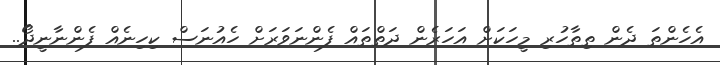
އެހެންތަ ދެން ތިތާހުރި މީހަކަށް އަހަރެން ދަތްތައް ފެންނަވަރަށް ހެއުނަސް ކިހިނެއް ފެންނާނީދޯ..